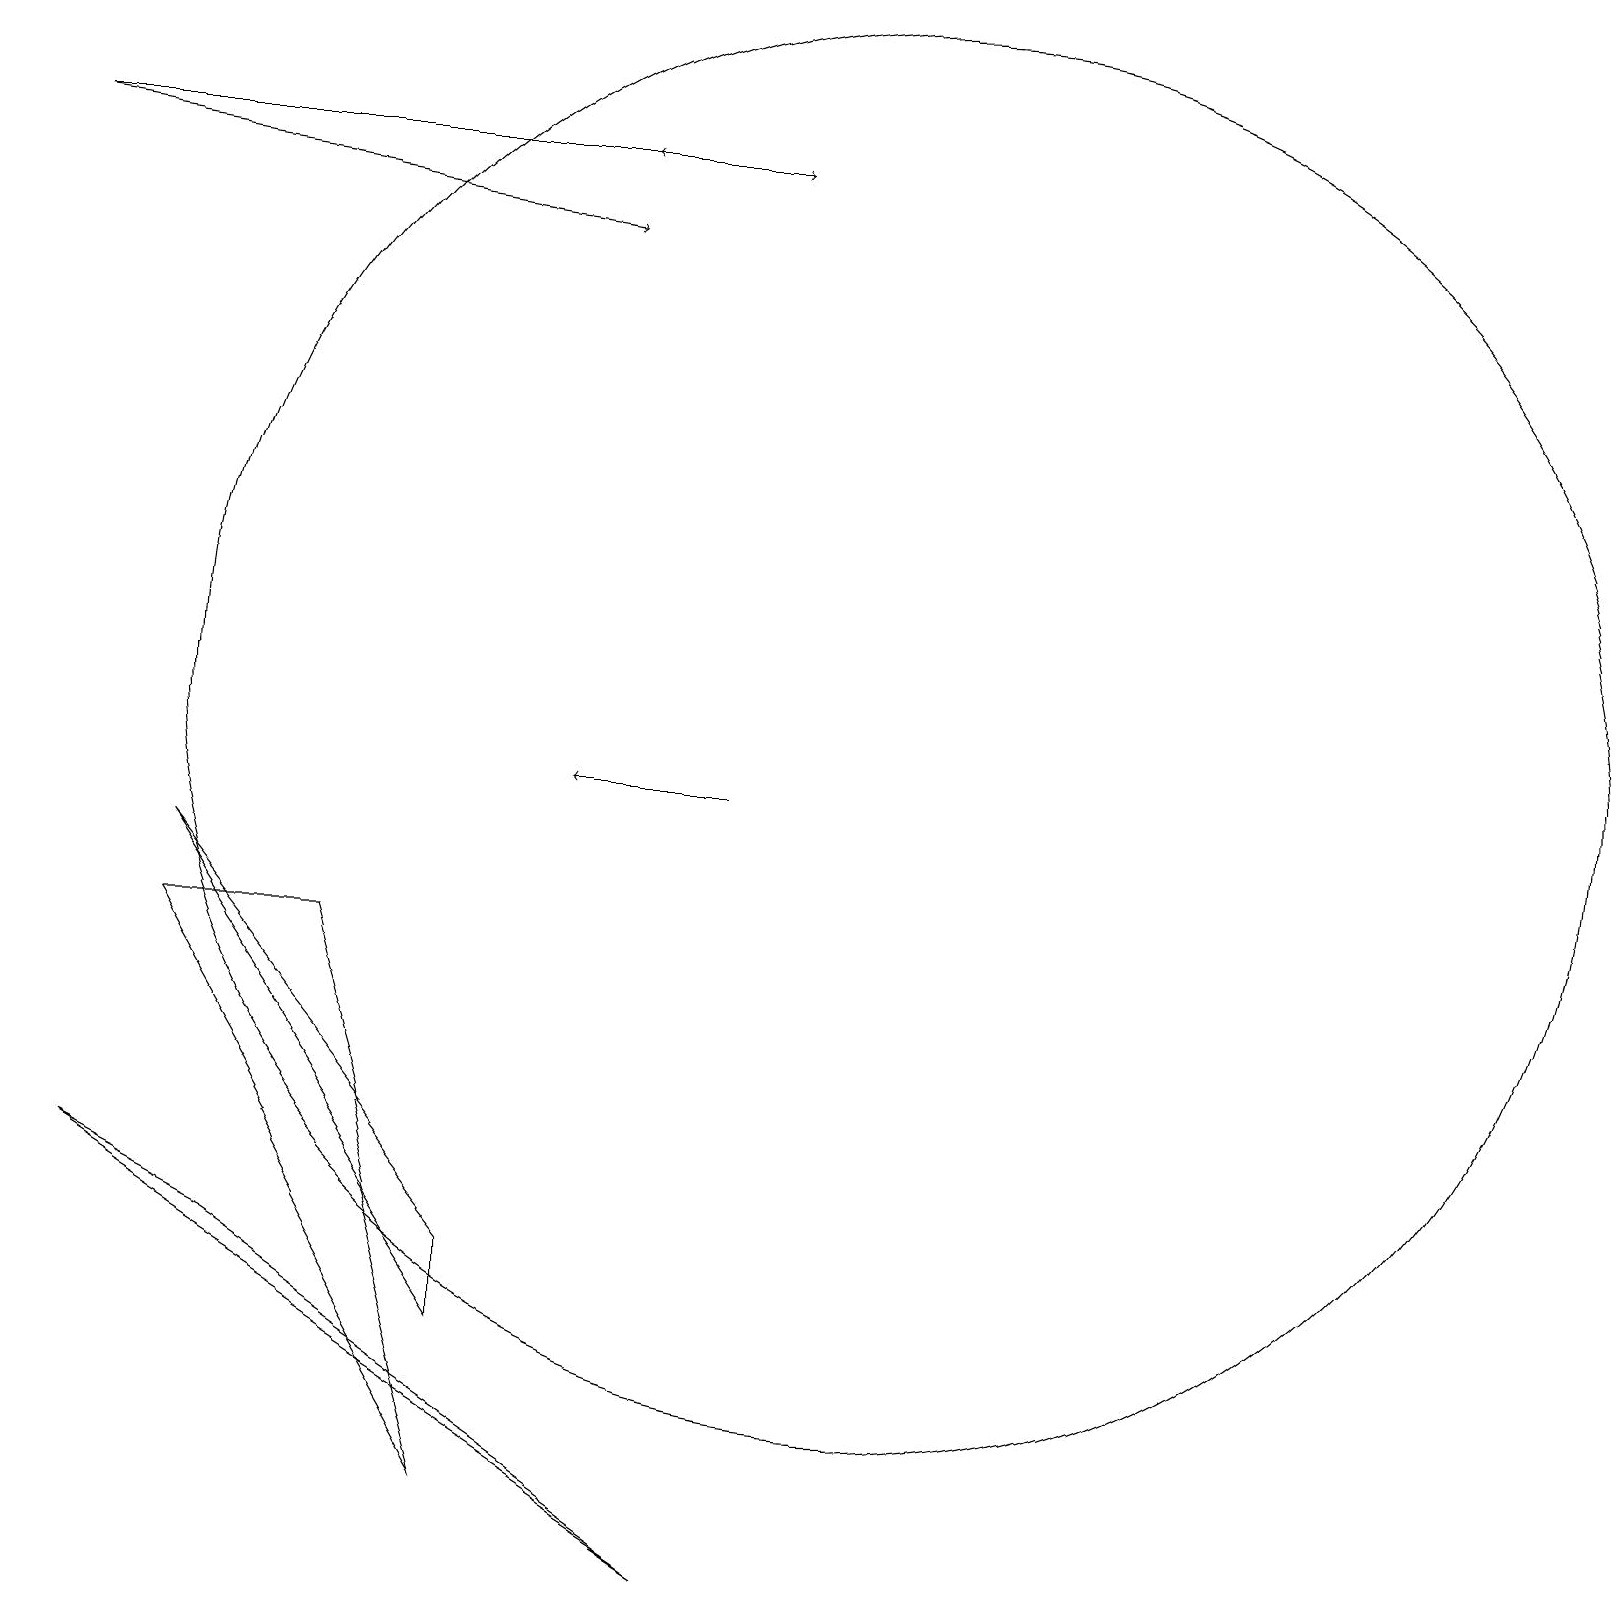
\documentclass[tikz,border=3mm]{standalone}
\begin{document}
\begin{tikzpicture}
\draw (2,8) -- (6,1) -- (4,8) -- cycle;
\draw[->] (9,10) -- (7,10);
\draw[->] (0,18) -- (7,17);
\draw (11,11) circle (9);
\draw[->] (0,18) -- (9,18);
\draw (2,9) -- (6,4) -- (6,3) -- cycle;
\draw (9,0) -- (1,5) -- (3,4) -- cycle;
\draw[->] (8,18) -- (7,18);
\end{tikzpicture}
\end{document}